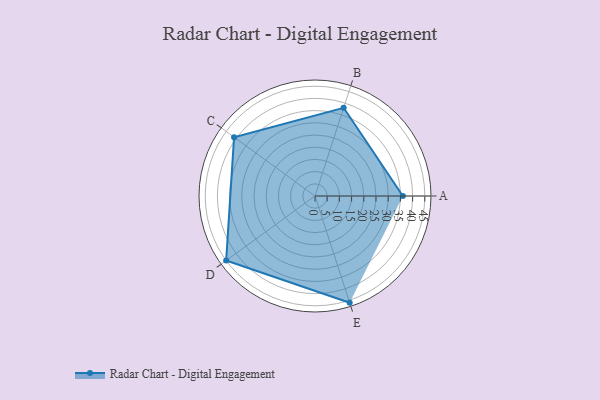
{"axis": {"x": "Skill", "y": "Score"}, "legend": ["Profile"], "data": [{"x": "A", "y": 36.0, "type": "Profile"}, {"x": "B", "y": 38.0, "type": "Profile"}, {"x": "C", "y": 41.0, "type": "Profile"}, {"x": "D", "y": 45.0, "type": "Profile"}, {"x": "E", "y": 46.0, "type": "Profile"}]}